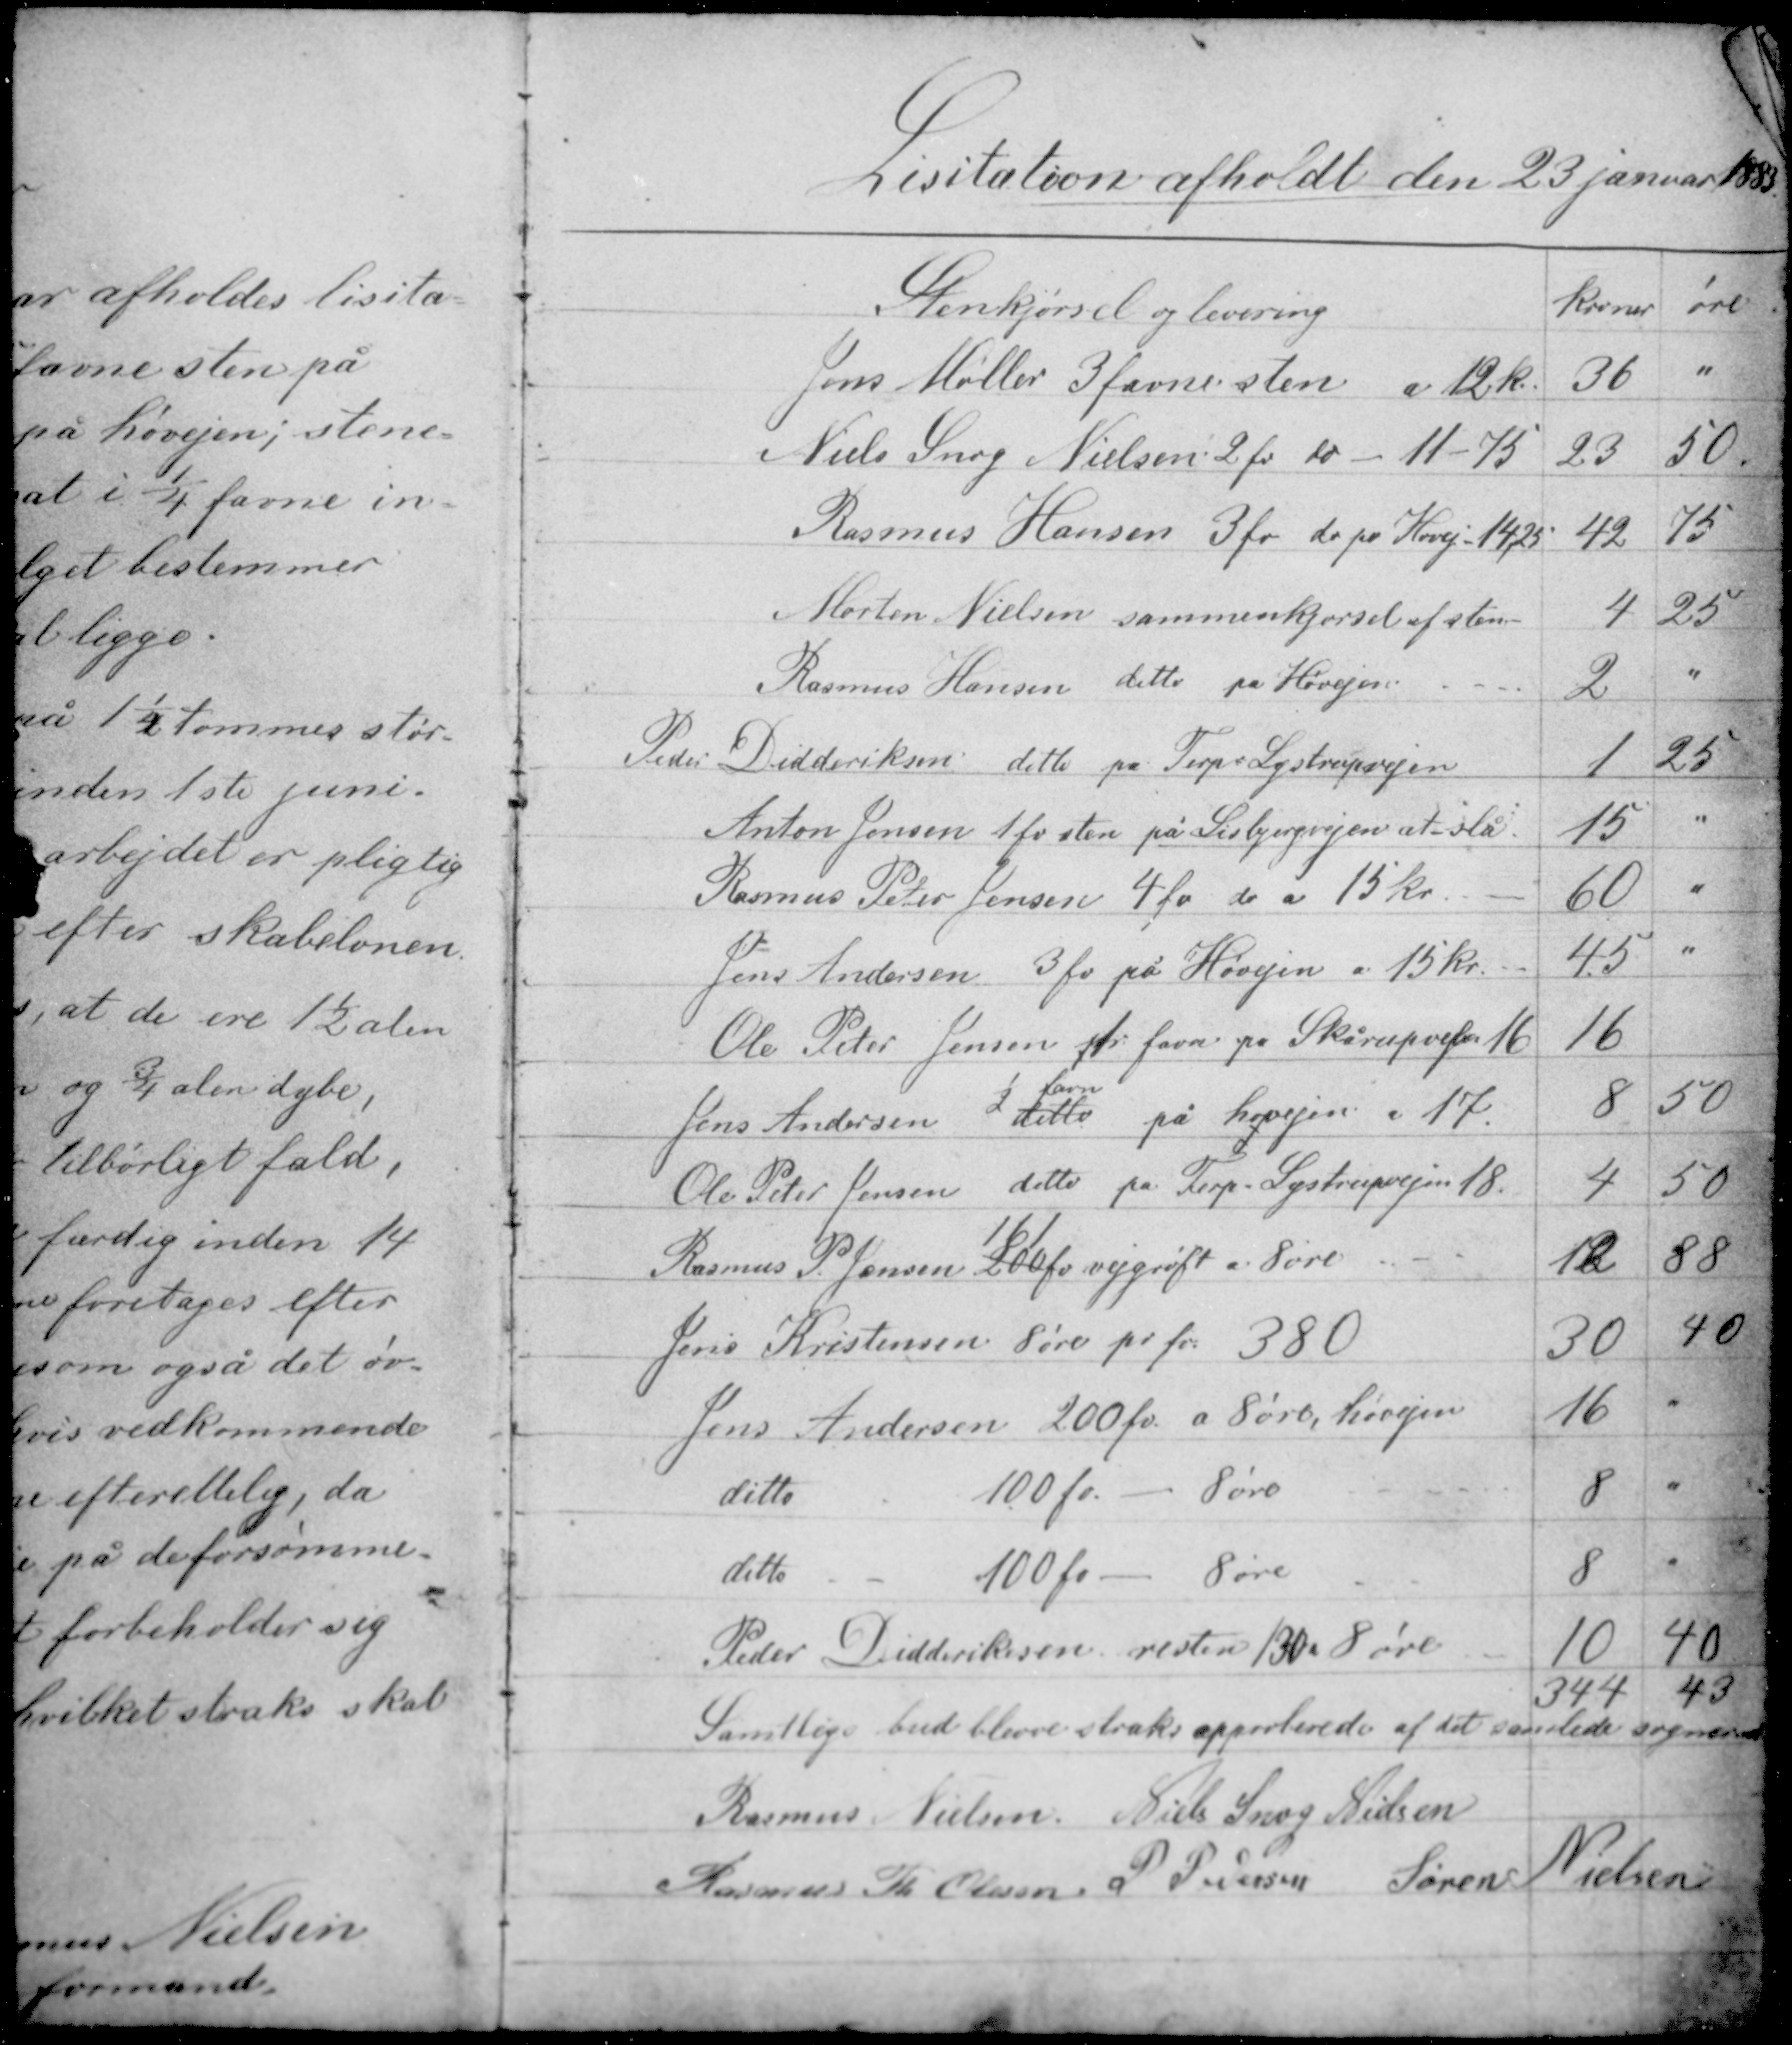
Transskription:
Lisitation afholdt den 23. januar 1883

Samtlige bud bliver straks approberede af det samlede sogneraad
Rasmus Nielsen Niels Snog Nielsen
Rasmus Th. Olesen P. Petersen Søren Nielsen